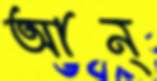
আন্